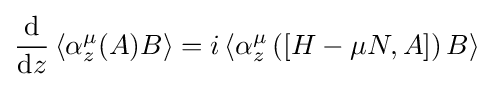
{\frac {\mathrm {d} }{\mathrm {d} z}}\left\langle \alpha _{z}^{\mu }(A)B\right\rangle =i\left\langle \alpha _{z}^{\mu }\left(\left[H-\mu N,A\right]\right)B\right\rangle